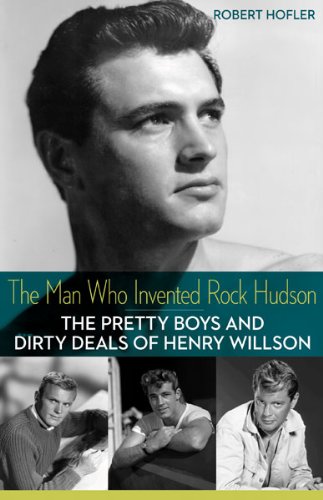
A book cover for The Man Who Invented Rock Hudson: The Pretty Boys and Dirty Deals of Henry Willson; Robert Hofler; Literature & Fiction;